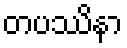
တပဿိနာ